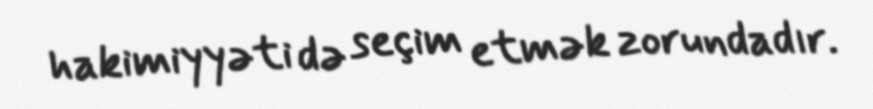
hakimiyyəti də seçim etmək zorundadır.